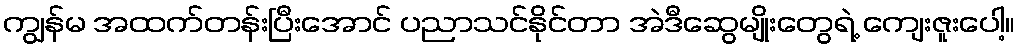
ကျွန်မ အထက်တန်းပြီးအောင် ပညာသင်နိုင်တာ အဲဒီဆွေမျိုးတွေရဲ့ ကျေးဇူးပေါ့။